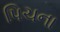
પિચના